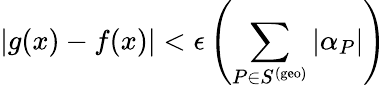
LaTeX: |g(x)-f(x)|<\epsilon\left(\sum_{P\in S^{\mathrm{(geo)}}}|\alpha_{P}|\right)